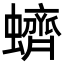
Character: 蠐